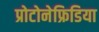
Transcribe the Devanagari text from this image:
प्रोटोनेफ्रिडिया